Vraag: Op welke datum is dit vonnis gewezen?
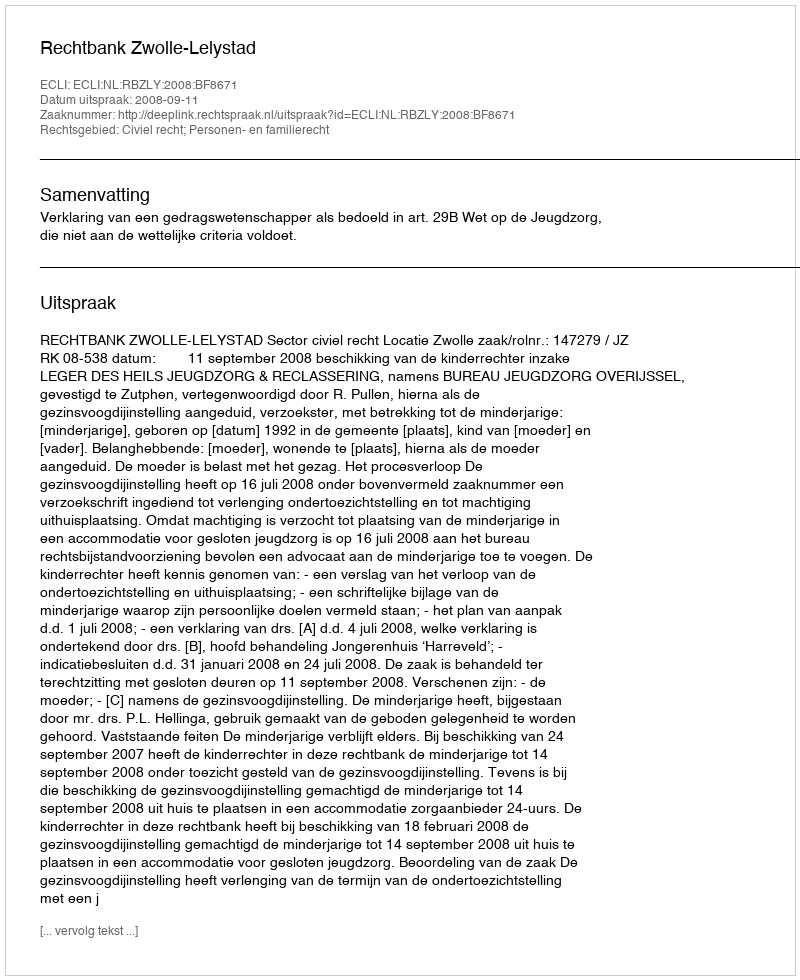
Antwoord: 2008-09-11